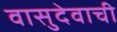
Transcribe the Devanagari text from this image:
वासुदेवाची